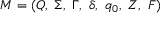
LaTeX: M = ( Q , \ \Sigma , \ \Gamma , \ \delta , \ q _ { 0 } , \ Z , \ F )